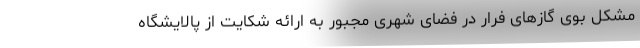
مشکل بوی گازهای فرار در فضای شهری مجبور به ارائه شکایت از پالایشگاه